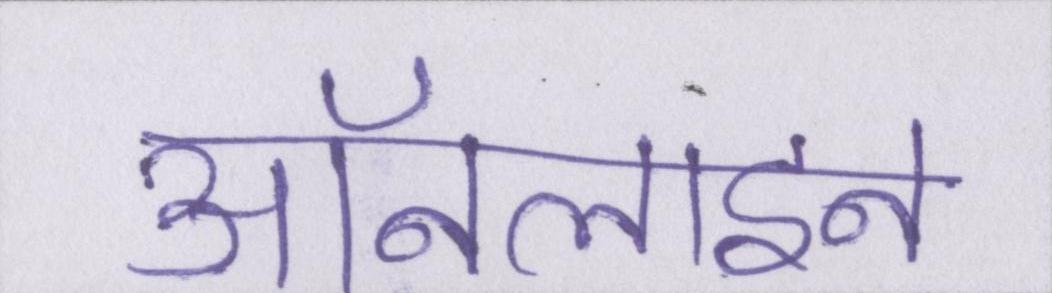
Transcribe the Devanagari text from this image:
ऑनलाइन